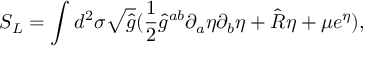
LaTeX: S _ { L } = \int d ^ { 2 } \sigma \sqrt { \hat { g } } ( \frac { 1 } { 2 } { \hat { g } } ^ { a b } \partial _ { a } \eta \partial _ { b } \eta + \hat { R } \eta + \mu e ^ { \eta } ) ,